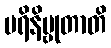
ပရိနိဗ္ဗုတာတိ